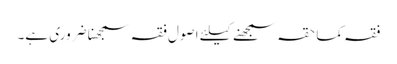
فقہ کما حقہ سمجھنے کیلئے اصول فقہ سمجھنا ضروری ہے۔